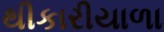
થીકારીયાળા